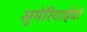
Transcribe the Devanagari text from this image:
सुमेरियाईयों